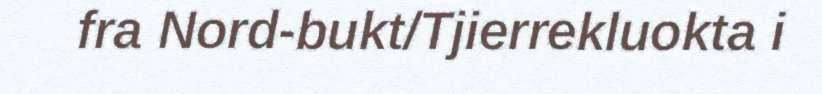
fra Nord-bukt/Tjierrekluokta i